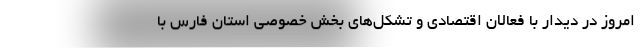
امروز در دیدار با فعالان اقتصادی و تشکل‌های بخش خصوصی استان فارس با